Scientific memoirs by medical officers of the Army of India - Part VII,
Year: 1892
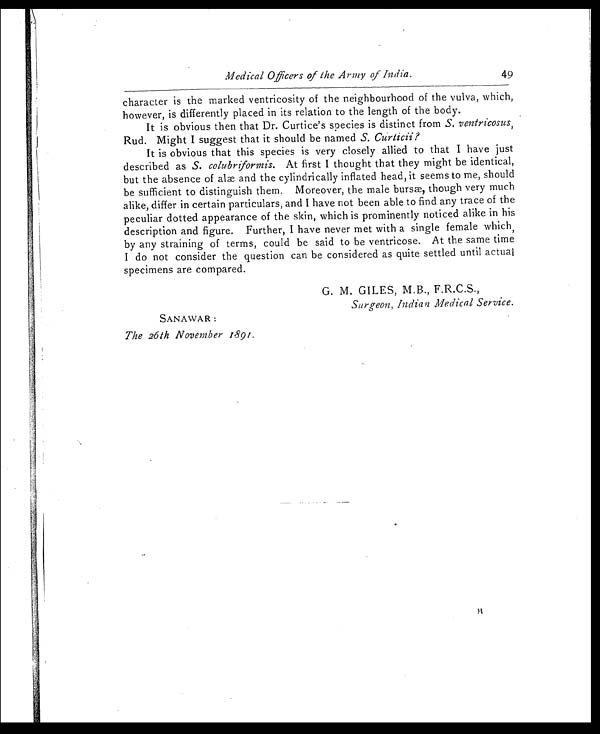
Medical Officers of the Army of India.
4 9
character is the marked ventricosity of the neighbourhood of the vulva, which,
however, is differently placed in its relation to the length of the body.
It is obvious then that Dr. Curtice's species is distinct from S. ventricosus'
Rud. Might I suggest that it should be named S. Curticii?
It is obvious that this species is very closely allied to that I have just
described as S. colubriformis.A t f i r s t I t h o u g h t t h a t t h e y m i g h t b e i d e n t i c a l ,
but the absence of alae and the cylindrically inflated head, it seems to me, should
be sufficient to distinguish them. Moreover, the male burs, though very much
alike, differ in certain particulars, and I have not been able to find any trace of the
peculiar dotted appearance of the skin, which is prominently noticed alike in his
description and figure. Further, I have never met with a single female which,
by any straining of terms, could be said to be ventricose. At the same time
I do not consider the question can be considered as quite settled until actual
specimens are compared.
G. M. GILES, M.B., F.R.C.S.,
Surgeon, Indian Medical Service.
SANAWAR :
The 26th November 1891.